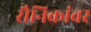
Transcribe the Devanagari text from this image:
सैनिकांवर